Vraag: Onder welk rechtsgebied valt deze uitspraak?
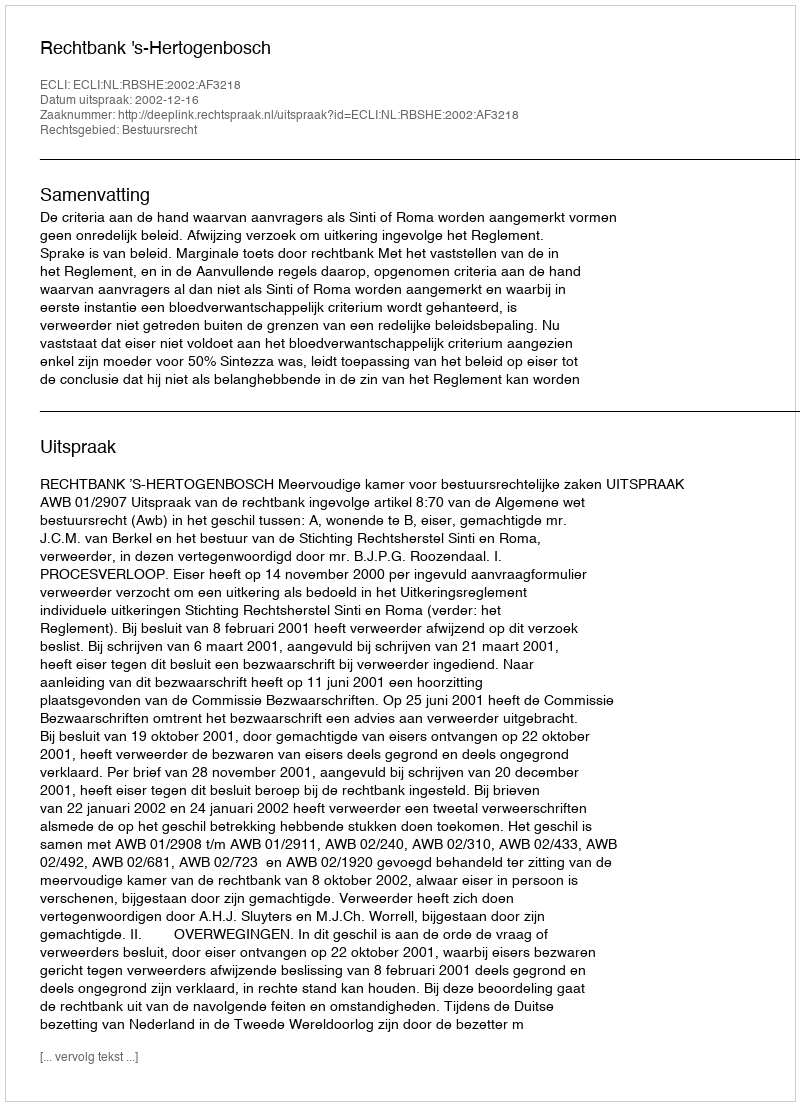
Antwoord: Bestuursrecht